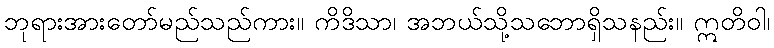
ဘုရားအားတော်မည်သည်ကား။ ကိဒိသာ၊ အဘယ်သို့သဘောရှိသနည်း။ ဣတိဝါ၊